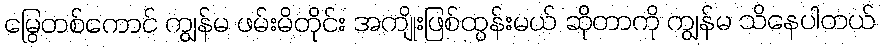
မြွေတစ်ကောင် ကျွန်မ ဖမ်းမိတိုင်း အကျိုးဖြစ်ထွန်းမယ် ဆိုတာကို ကျွန်မ သိနေပါတယ်